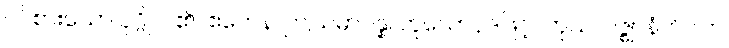
ဝင်စားသော ပုဂ္ဂိုလ်၏။ ဧတေန၊ ဤသမာပန္န၊ ဟူသောပုဒ်ဖြင့်။ ကုသလဇ္ဈာနံ၊ ဝိပါက